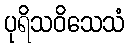
ပုရိသဝိသေသံ